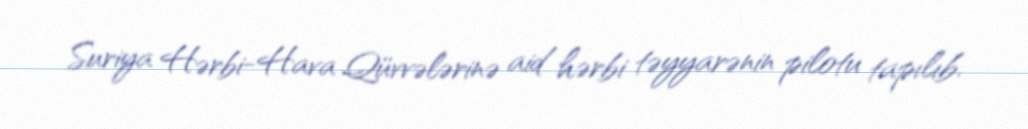
Suriya Hərbi-Hava Qüvvələrinə aid hərbi təyyarənin pilotu tapılıb.